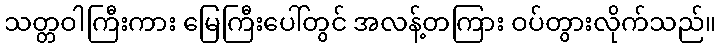
သတ္တဝါကြီးကား မြေကြီးပေါ်တွင် အလန့်တကြား ဝပ်တွားလိုက်သည်။